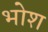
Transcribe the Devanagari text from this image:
भोश